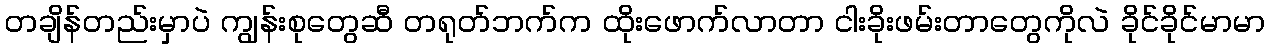
တချိန်တည်းမှာပဲ ကျွန်းစုတွေဆီ တရုတ်ဘက်က ထိုးဖောက်လာတာ ငါးခိုးဖမ်းတာတွေကိုလဲ ခိုင်ခိုင်မာမာ